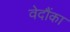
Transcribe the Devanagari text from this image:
वेदौंका